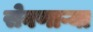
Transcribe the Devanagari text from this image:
सेवणाऱ्या